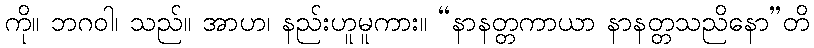
ကို။ ဘဂဝါ၊ သည်။ အာဟ၊ နည်းဟူမူကား။ “နာနတ္တကာယာ နာနတ္တသညိနော”တိ